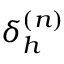
\delta _ { h } ^ { ( n ) }